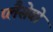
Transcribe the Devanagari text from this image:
प्लैसेबो